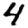
Digit: 4